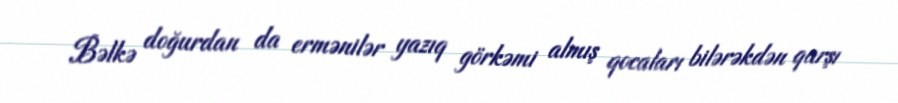
Bəlkə doğurdan da ermənilər yazıq görkəmi almış qocaları bilərəkdən qarşı